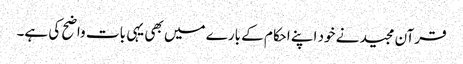
قرآن مجید نے خود اپنے احکام کے بارے میں بھی یہی بات واضح کی ہے۔